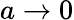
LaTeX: a\to 0